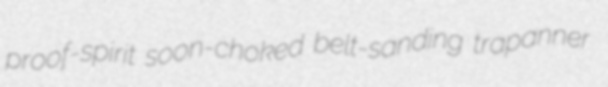
proof-spirit soon-choked belt-sanding trapanner